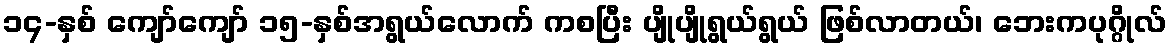
၁၄-နှစ် ကျော်ကျော် ၁၅-နှစ်အရွယ်လောက် ကစပြီး ပျိုပျိုရွယ်ရွယ် ဖြစ်လာတယ်၊ ဘေးကပုဂ္ဂိုလ်